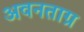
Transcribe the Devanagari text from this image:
अवनताग्र